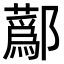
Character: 𨟗